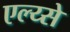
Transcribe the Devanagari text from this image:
एल्य्से